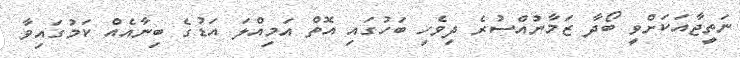
ނަތީޖާއަކަށްވީ ބޯދާ ޒަމާނުއްސުރެ ދިވެހި ބަހުގައި އޮތް އަމިއްލަ އަޑުގެ ބިނާއެއް ކަމުގައިވާ